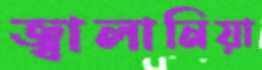
জ্বালানিয়া